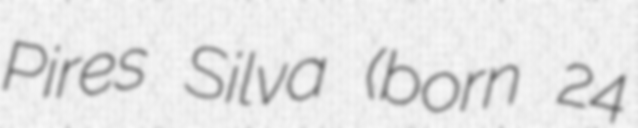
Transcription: Pires Silva (born 24